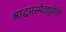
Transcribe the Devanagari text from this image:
श्राद्धमस्मैदद्युरिति